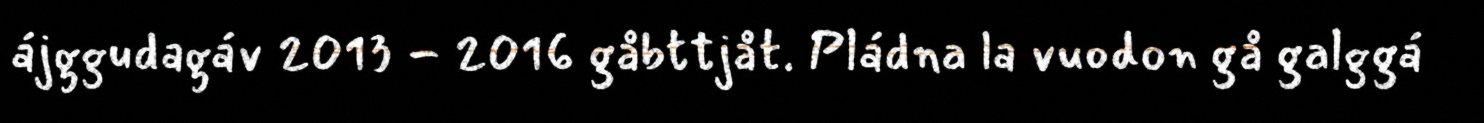
ájggudagáv 2013 - 2016 gåbttjåt. Pládna la vuodon gå galggá